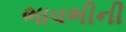
ભાવભીની